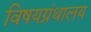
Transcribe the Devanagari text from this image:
विषयग्रंथालय